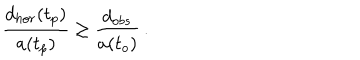
LaTeX: { \frac { d _ { h o r } ( t _ { p } ) } { a ( t _ { p } ) } } \geq { \frac { d _ { o b s } } { a ( t _ { o } ) } } \, .